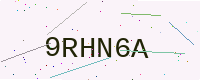
Text: 9RHN6A